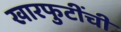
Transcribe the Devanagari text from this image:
खारफुटींची